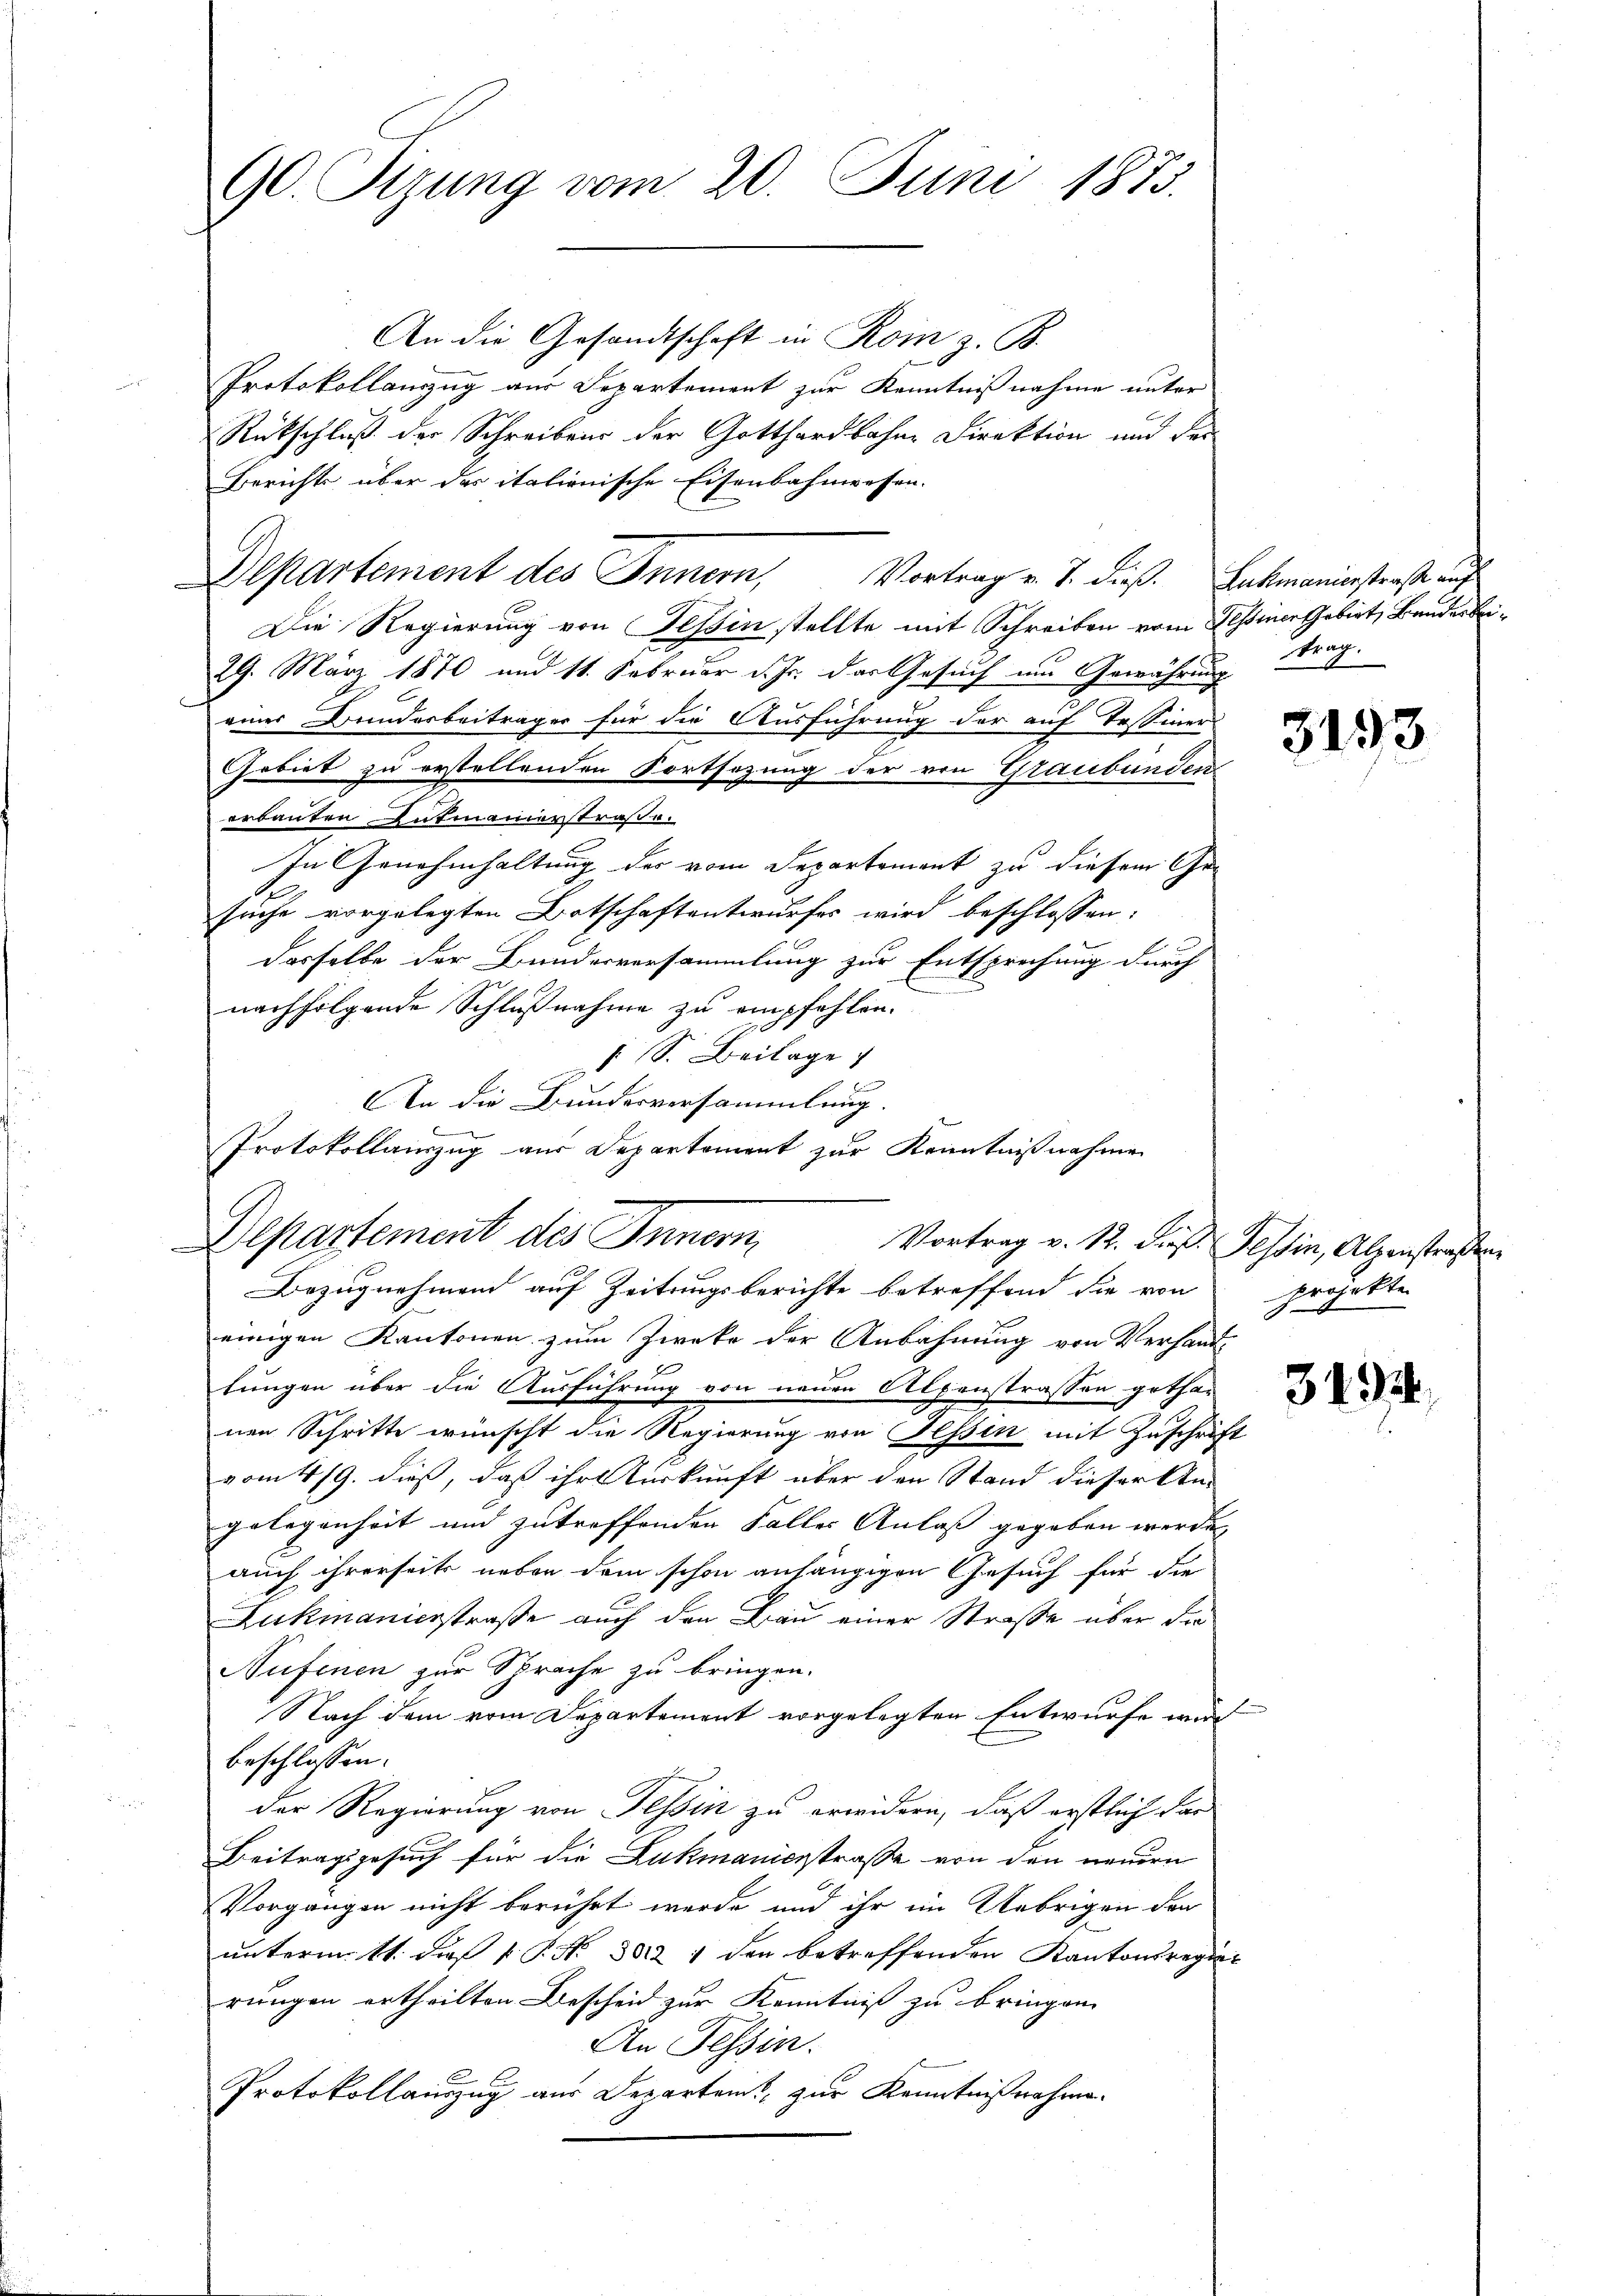
90. Sizung vom 20. Juni 1875.

An die Gesandtschaft in Rom z. B.
Protokollanzug aus Separtement zur Kenntnißnahme unter
Rückschluß der Schreibens der Gotthardbahne Direktion und dei-
Berichts über der italienische Eisenbahnwesen.
Departement des Innern, Vortrag v. J. dieß. Lackmaniesstraße auf
Die Regierung von Tessin stellte mit Schreiben vom Tessiner Gebirt, Bandesbei¬
29. März 1870 und 11. Februar d. Js. das Gesuch um Gewährung trag.
einer Bunderbeiträger für die Ausführung der auf Tessiner
Gebiet zu erstellenden Fortsezung der von Graubünden
erbauten Aufmannerstraße.
In Genehmhaltung des vom Departement zu diesem Ge-
suche vorgelegten Botschaftentwurfes wird beschlossen:
dasselbe der Bunderversammlung zur Entsprechung durch
nachfolgende Schlußnahme zu empfehlen.
 S. Beilage
d
Departement des Innern,
Bezugnahmend auf Zeitungsberichte betreffend die von projekten
einigen Kantonen zum Zwecke der Anbahnung von Verhand-
lungen über die Ausführung von neuen Alpenstrassen gotha-
nen Schritte wünscht die Regierung von Hessen mit Zuschrift
vom 4/9. dieß, daß ihr Verkunft über den Stand dieser Angelegenheit und zutreffenden Faller Anlaß gegeben werden
auch ihrerseits neben dem schon anhängigen Gesuch für die
Lukmanierstraße auch den Bau einer Straße über die
Nufenen zur Sprache zu bringen.
Nach dem vom Departement vorgelegten Entwurfe wurd
beschlossen:
der Regierung von Tessin zu erwidern, daß erstlich dar
Beitragsgesuch für die Lukmaniesstraße von den neuern
Vorgängen nicht berührt werde und ihr im Uebrigen der
unterm 11. dieß P. Nr. 382. 4 den betreffenden Kantonsregier
rungen ertheilten Bescheid zur Kenntniß zu bringen.
An Tessin.
Protokollauszug aus Departeit zur Kenntnißnahme.

An die Bunderversammlung.
Protokollauszug aus Departement zur Kenntnißnahme
Vortrag v. 12. dieß. Tessin, Alpenstraßen

3193

3194.